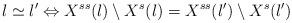
LaTeX: \begin{align*}l\simeq l' \Leftrightarrow X^{ss}(l)\setminus X^{s}(l)=X^{ss}(l')\setminus X^{s}(l')\end{align*}